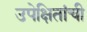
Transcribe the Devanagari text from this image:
उपेक्षितांची